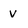
Character: v